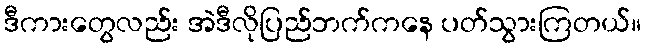
ဒီကားတွေလည်း အဲဒီလိုပြည်ဘက်ကနေ ပတ်သွားကြတယ်။